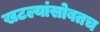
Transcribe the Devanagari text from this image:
खटल्यांसोबतच